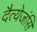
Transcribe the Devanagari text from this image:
दैत्येजंसि